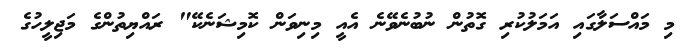
މި މައްސަލާގައި އަމަލުކުރި ގޮތުން ނުބުނެވޭނެ އެއީ މިނިވަން ކޮމިޝަނެކޭ" ރައްޔިތުންގެ މަޖިލީހުގެ